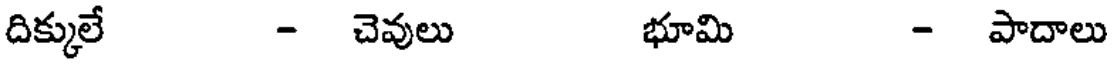
దిక్కులే - చెవులు భూమి - పాదాలు